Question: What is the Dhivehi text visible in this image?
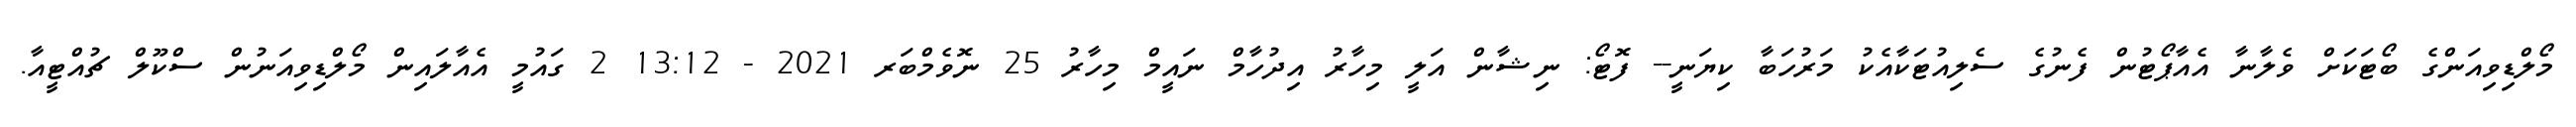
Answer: މޯލްޑިވިއަންގެ ބޯޓަކަށް ވެލާނާ އެއާޕޯޓުން ފެނުގެ ސެލިއުޓަކާއެކު މަރުހަބާ ކިޔަނީ-- ފޮޓޯ: ނިޝާން އަލީ މިހާރު އިދުހާމް ނައީމް މިހާރު 25 ނޮވެމްބަރ 2021 - 13:12 2 ގައުމީ އެއާލައިން މޯލްޑިވިއަނުން ސްކޫލް ޗުއްޓީއާ.